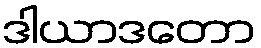
ဒါယာဒတော